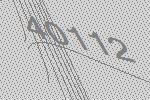
40112